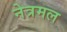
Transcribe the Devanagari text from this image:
नेत्रमल